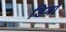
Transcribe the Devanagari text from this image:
डिबो